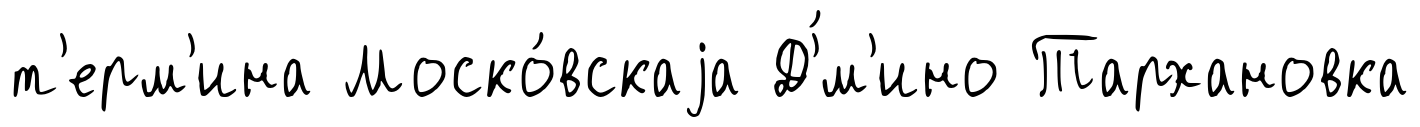
т'ерм'ина Моско́вскаjа Д'́м'ино Тархановка